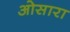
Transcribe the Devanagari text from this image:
ओसारा